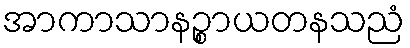
အာကာသာနဉ္စာယတနသညံ